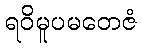
ရဝိမူပမတေဇံ